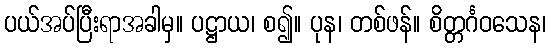
ပယ်အပ်ပြီးရာအခါမှ။ ပဋ္ဌာယ၊ စ၍။ ပုန၊ တစ်ဖန်။ စိတ္တင်္ဂဝသေန၊